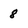
Character: 8